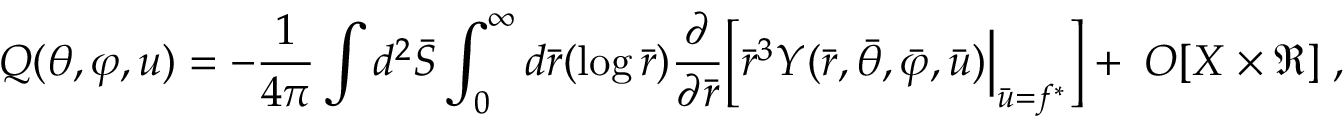
Q ( \theta , \varphi , u ) = - \frac { 1 } { 4 \pi } \int d ^ { 2 } { \bar { \cal S } } \int _ { 0 } ^ { \infty } d { \bar { r } } ( \log { \bar { r } } ) \frac { \partial } { \partial { \bar { r } } } \Bigl [ { \bar { r } } ^ { 3 } { \cal Y } ( { \bar { r } } , { \bar { \theta } } , { \bar { \varphi } } , { \bar { u } } ) \Bigl | _ { { \bar { u } } = f ^ { * } } \Bigr ] + \; O [ X \times \Re ] \; , \quad